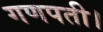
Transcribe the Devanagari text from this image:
गणपती।